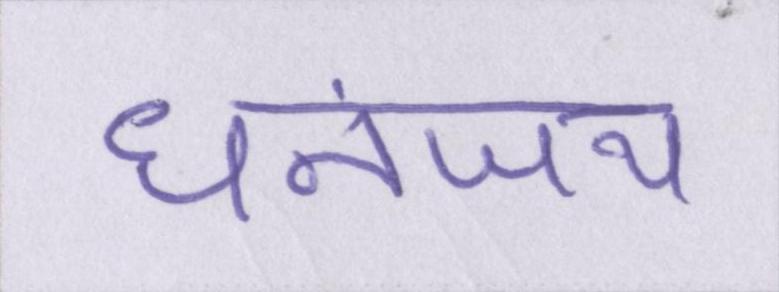
धनंजय